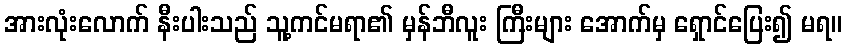
အားလုံးလောက် နီးပါးသည် သူ့ကင်မရာ၏ မှန်ဘီလူး ကြီးများ အောက်မှ ရှောင်ပြေး၍ မရ။